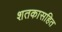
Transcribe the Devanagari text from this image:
शतकासहित